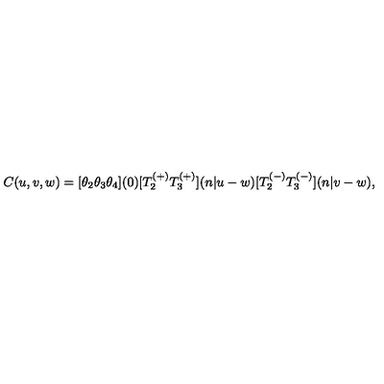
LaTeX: C ( u , v , w ) = { [ } \theta _ { 2 } \theta _ { 3 } \theta _ { 4 } { ] } ( 0 ) { [ } T _ { 2 } ^ { ( + ) } T _ { 3 } ^ { ( + ) } { ] } ( n | u - w ) { [ } T _ { 2 } ^ { ( - ) } T _ { 3 } ^ { ( - ) } { ] } ( n | v - w ) ,